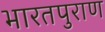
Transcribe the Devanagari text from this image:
भारतपुराण